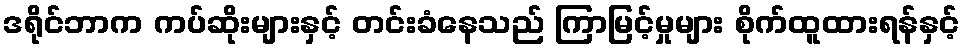
ဒရိုင်ဘာက ကပ်ဆိုးများနှင့် တင်းခံနေသည် ကြာမြင့်မှုများ စိုက်ထူထားရန်နှင့်